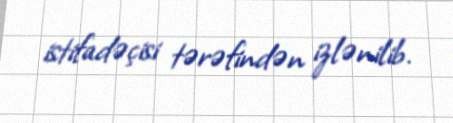
istifadəçisi tərəfindən izlənilib.